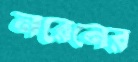
নরেনের